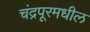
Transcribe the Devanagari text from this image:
चंद्रपूरमधील